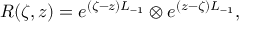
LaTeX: R ( \zeta , z ) = e ^ { ( \zeta - z ) L _ { - 1 } } \otimes e ^ { ( z - \zeta ) L _ { - 1 } } ,